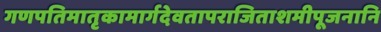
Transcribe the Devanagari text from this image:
गणपतिमातृकामार्गदेवतापराजिताशमीपूजनानि